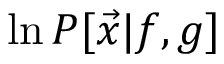
\ln P [ \vec { x } | f , g ]